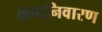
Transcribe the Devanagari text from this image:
कष्टनिवारण